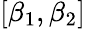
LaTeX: [\beta_{1},\beta_{2}]